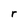
Character: r